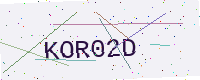
Text: KOR02D